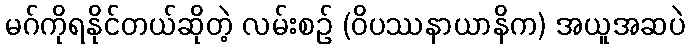
မဂ်ကိုရနိုင်တယ်ဆိုတဲ့ လမ်းစဉ် (ဝိပဿနာယာနိက) အယူအဆပဲ